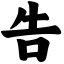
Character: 告